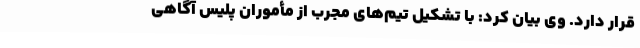
قرار دارد. وی بیان کرد: با تشکیل تیم‌های مجرب از مأموران پلیس آگاهی